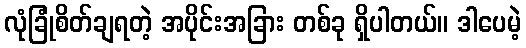
လုံခြုံစိတ်ချရတဲ့ အပိုင်းအခြား တစ်ခု ရှိပါတယ်။ ဒါပေမဲ့